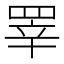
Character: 𰭎